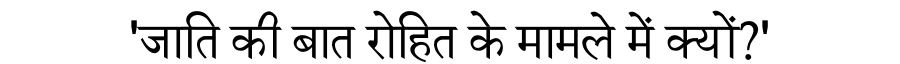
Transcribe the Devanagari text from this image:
'जाति की बात रोहित के मामले में क्यों?'